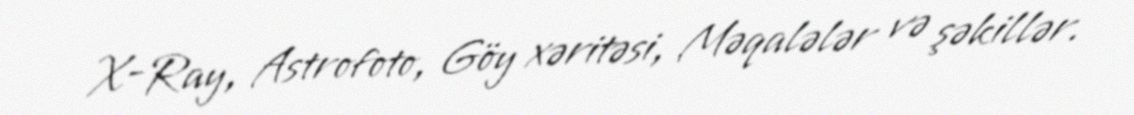
X-Ray, Astrofoto, Göy xəritəsi, Məqalələr və şəkillər.